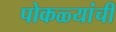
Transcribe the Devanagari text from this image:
पोकळ्यांची